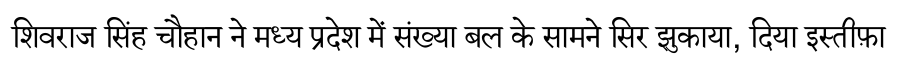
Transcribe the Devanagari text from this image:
शिवराज सिंह चौहान ने मध्य प्रदेश में संख्या बल के सामने सिर झुकाया, दिया इस्तीफ़ा